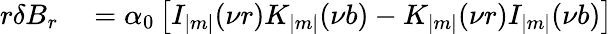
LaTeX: \begin{array}{r}{\begin{array}{rl}{r\delta B_{r}}&{{}=\alpha_{0}\left[I_{|m|}(\nu r)K_{|m|}(\nu b)-K_{|m|}(\nu r)I_{|m|}(\nu b)\right]}\end{array}}\end{array}